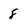
Character: 8